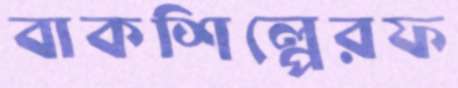
বাকশিল্পেরফ